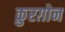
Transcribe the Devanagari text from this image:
क़ुरग़ोन